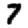
Digit: 7